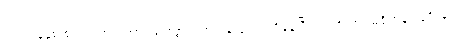
၂၀၁၁ခုနှစ် စာရင်းအရ အာရှနွယ်ဖွား ၁၈သန်းကျော် ရှိနေပြီး ဒါဟာ အမေရိကန် လူဦးရေ